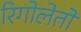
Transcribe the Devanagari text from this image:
रिगोलेतो